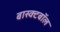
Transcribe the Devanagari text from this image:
बास्क्टबॉल